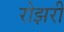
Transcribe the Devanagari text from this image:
रोझरी